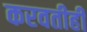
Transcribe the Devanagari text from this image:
करवतीही